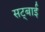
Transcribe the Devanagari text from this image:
सट्बाई